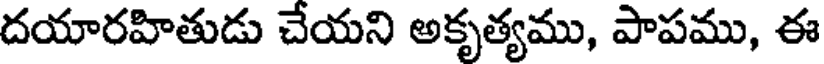
దయారహితుడు చేయని అకృత్యము, పాపము, ఈ